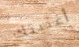
أغنيتك